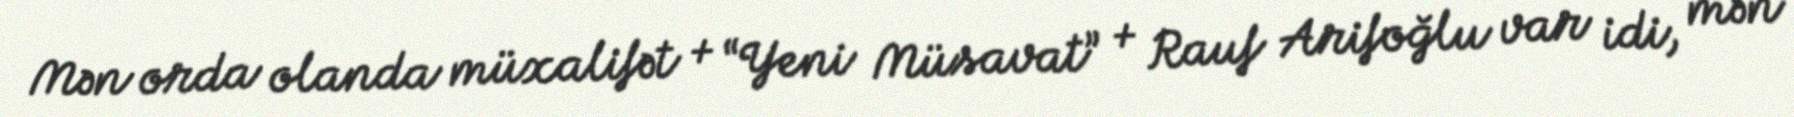
Mən orda olanda müxalifət + “Yeni Müsavat” + Rauf Arifoğlu var idi, mən